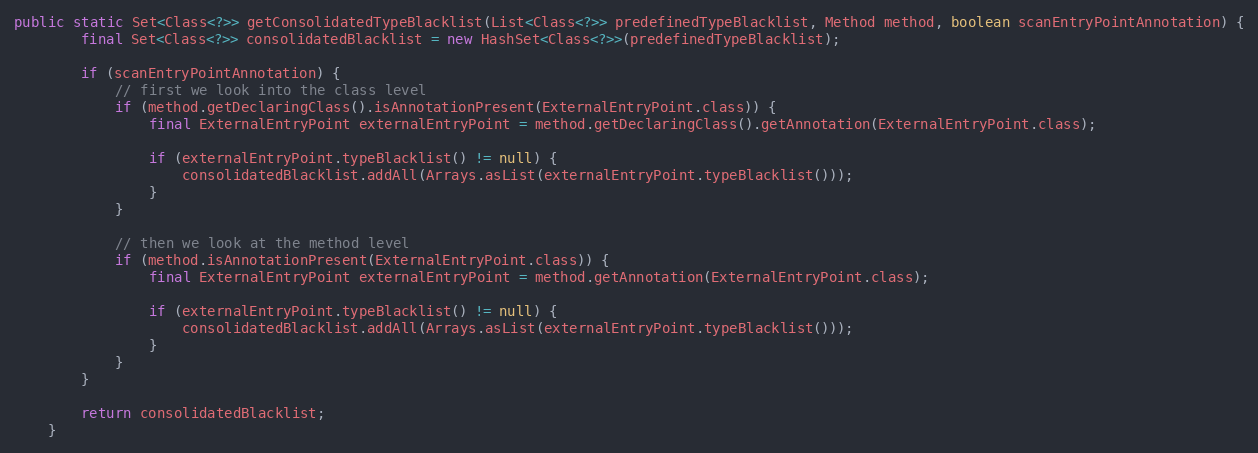
Language: Java
public static Set<Class<?>> getConsolidatedTypeBlacklist(List<Class<?>> predefinedTypeBlacklist, Method method, boolean scanEntryPointAnnotation) {
		final Set<Class<?>> consolidatedBlacklist = new HashSet<Class<?>>(predefinedTypeBlacklist);

		if (scanEntryPointAnnotation) {
			// first we look into the class level
			if (method.getDeclaringClass().isAnnotationPresent(ExternalEntryPoint.class)) {
				final ExternalEntryPoint externalEntryPoint = method.getDeclaringClass().getAnnotation(ExternalEntryPoint.class);

				if (externalEntryPoint.typeBlacklist() != null) {
					consolidatedBlacklist.addAll(Arrays.asList(externalEntryPoint.typeBlacklist()));
				}
			}

			// then we look at the method level
			if (method.isAnnotationPresent(ExternalEntryPoint.class)) {
				final ExternalEntryPoint externalEntryPoint = method.getAnnotation(ExternalEntryPoint.class);

				if (externalEntryPoint.typeBlacklist() != null) {
					consolidatedBlacklist.addAll(Arrays.asList(externalEntryPoint.typeBlacklist()));
				}
			}
		}

		return consolidatedBlacklist;
	}